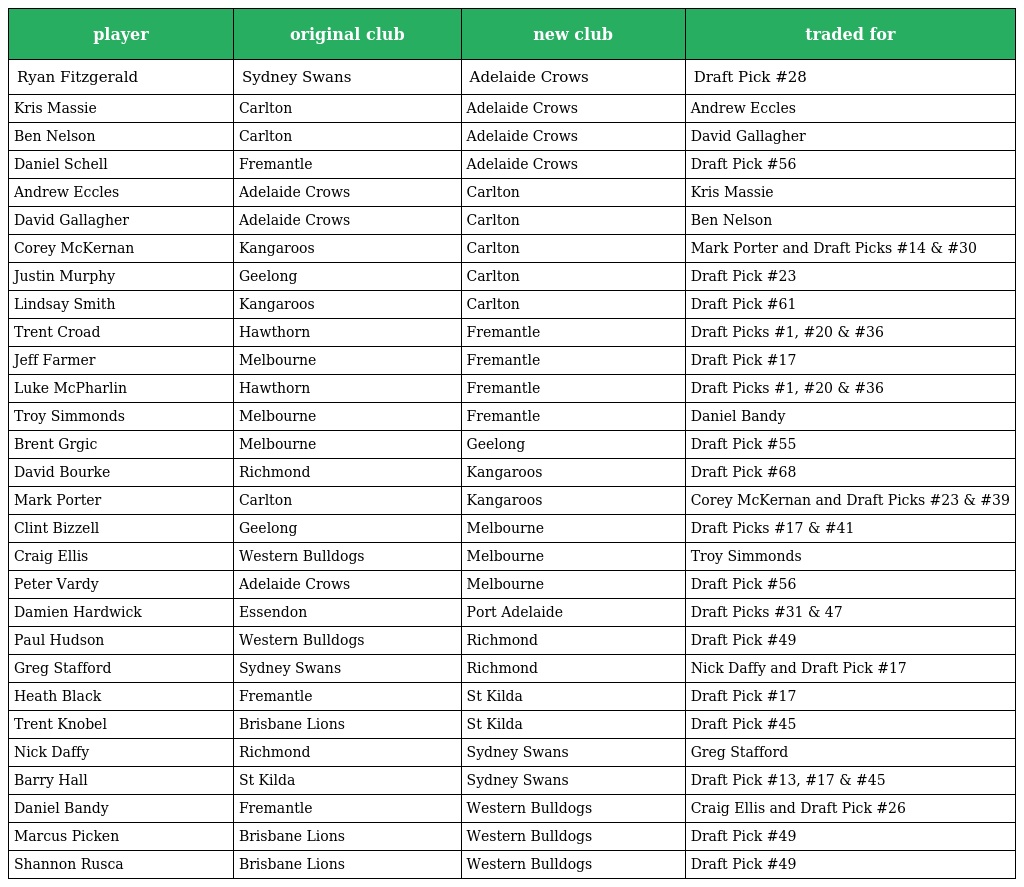
| player | original club | new club | traded for |
 | --- | --- | --- | --- |
 | Ryan Fitzgerald | Sydney Swans | Adelaide Crows | Draft Pick #28 |
 | Kris Massie | Carlton | Adelaide Crows | Andrew Eccles |
 | Ben Nelson | Carlton | Adelaide Crows | David Gallagher |
 | Daniel Schell | Fremantle | Adelaide Crows | Draft Pick #56 |
 | Andrew Eccles | Adelaide Crows | Carlton | Kris Massie |
 | David Gallagher | Adelaide Crows | Carlton | Ben Nelson |
 | Corey McKernan | Kangaroos | Carlton | Mark Porter and Draft Picks #14 & #30 |
 | Justin Murphy | Geelong | Carlton | Draft Pick #23 |
 | Lindsay Smith | Kangaroos | Carlton | Draft Pick #61 |
 | Trent Croad | Hawthorn | Fremantle | Draft Picks #1, #20 & #36 |
 | Jeff Farmer | Melbourne | Fremantle | Draft Pick #17 |
 | Luke McPharlin | Hawthorn | Fremantle | Draft Picks #1, #20 & #36 |
 | Troy Simmonds | Melbourne | Fremantle | Daniel Bandy |
 | Brent Grgic | Melbourne | Geelong | Draft Pick #55 |
 | David Bourke | Richmond | Kangaroos | Draft Pick #68 |
 | Mark Porter | Carlton | Kangaroos | Corey McKernan and Draft Picks #23 & #39 |
 | Clint Bizzell | Geelong | Melbourne | Draft Picks #17 & #41 |
 | Craig Ellis | Western Bulldogs | Melbourne | Troy Simmonds |
 | Peter Vardy | Adelaide Crows | Melbourne | Draft Pick #56 |
 | Damien Hardwick | Essendon | Port Adelaide | Draft Picks #31 & 47 |
 | Paul Hudson | Western Bulldogs | Richmond | Draft Pick #49 |
 | Greg Stafford | Sydney Swans | Richmond | Nick Daffy and Draft Pick #17 |
 | Heath Black | Fremantle | St Kilda | Draft Pick #17 |
 | Trent Knobel | Brisbane Lions | St Kilda | Draft Pick #45 |
 | Nick Daffy | Richmond | Sydney Swans | Greg Stafford |
 | Barry Hall | St Kilda | Sydney Swans | Draft Pick #13, #17 & #45 |
 | Daniel Bandy | Fremantle | Western Bulldogs | Craig Ellis and Draft Pick #26 |
 | Marcus Picken | Brisbane Lions | Western Bulldogs | Draft Pick #49 |
 | Shannon Rusca | Brisbane Lions | Western Bulldogs | Draft Pick #49 |